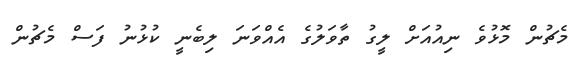
މެޗުން މޮޅުވެ ނިއުއަށް ލީގު ތާވަލުގެ އެއްވަނަ ލިބެނީ ކުޅުނު ފަސް މެޗުން